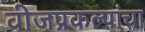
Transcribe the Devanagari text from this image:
वीजप्रकल्पांचा